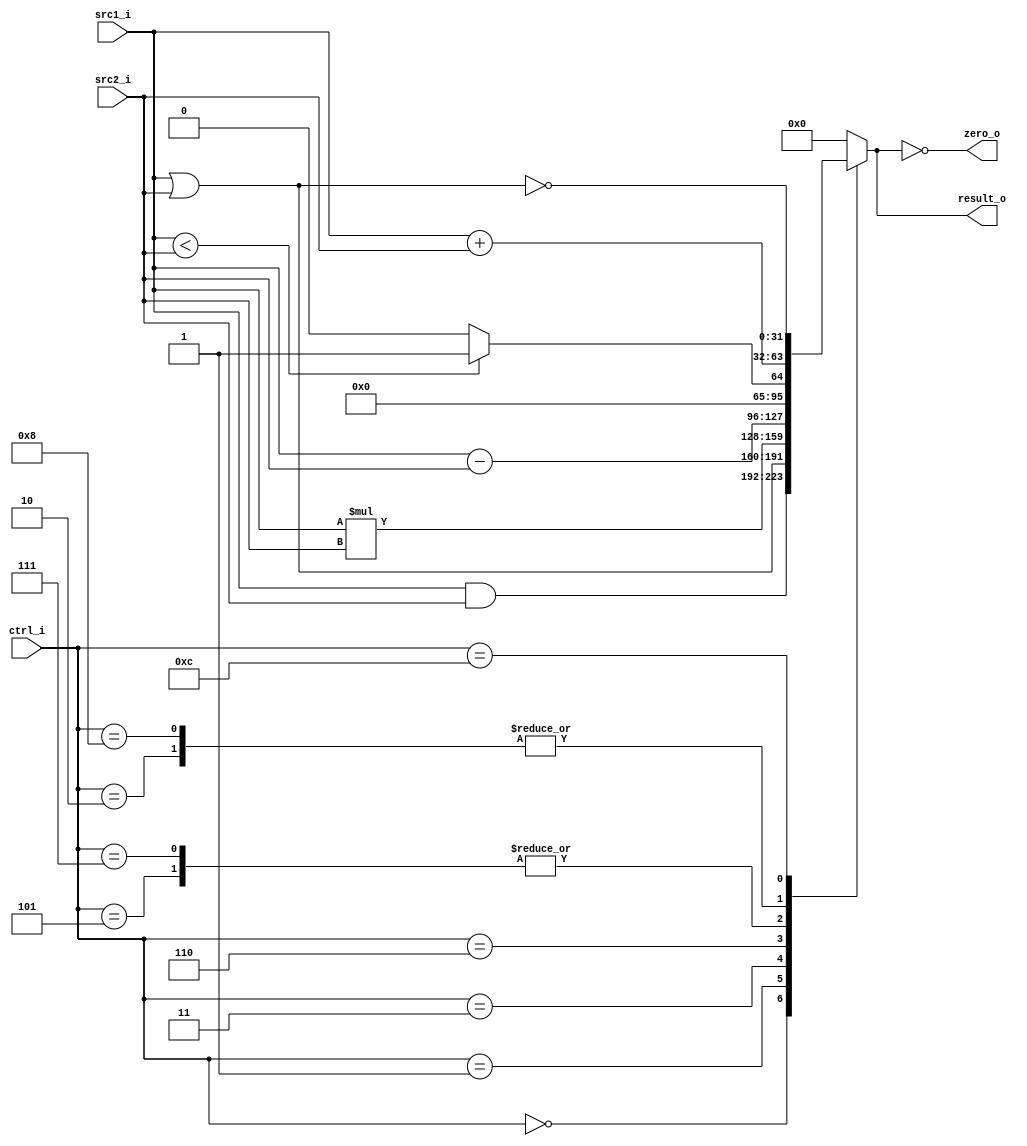
// 109550087
module ALU(
    src1_i,
	src2_i,
	ctrl_i,
	result_o,
	zero_o
	);
     
//I/O ports
input  [32-1:0]  src1_i;
input  [32-1:0]	 src2_i;
input  [4-1:0]   ctrl_i;

output [32-1:0]	 result_o;
output           zero_o;

//Internal signals
reg    [32-1:0]  result_o;
wire             zero_o;

//Parameter
assign zero_o = (result_o == 0);

//Main function
always @(*) begin
	// add, addi, sub, and, or, slt, slti, beq
	case(ctrl_i)	
		0: result_o <= src1_i & src2_i; // and
		1: result_o <= src1_i | src2_i; // or
		2: result_o <= src1_i + src2_i; // add lw sw
		3: result_o <= src1_i * src2_i; // mult
	    // 4: result_o <= (src1_i == src2_i)? 1'b1:1'b0; // beq
		5: result_o <= (src1_i < src2_i)? 1'b1:1'b0; // slti		
		6: result_o <= src1_i - src2_i; // sub
		7: result_o <= (src1_i < src2_i)? 1'b1:1'b0; // slt
		8: result_o <= src1_i + src2_i; // addi
		12: result_o <= ~(src1_i | src2_i); // nor
		default: result_o <= 0;		
	endcase
end

endmodule